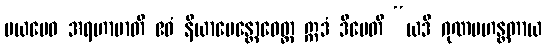
မယမေဝ အရဟာမာတိ ဧဝံ နိယာမေန္တောဝေတ္ထ ဣဒံ ဒီပေတိ “ယဒိ ဂုဏမဟန္တတာယ